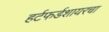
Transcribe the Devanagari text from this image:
हर्टफर्डशायरचा